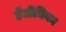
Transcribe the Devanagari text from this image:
हेडीचियम